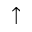
\uparrow